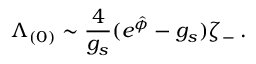
\Lambda _ { ( 0 ) } \sim { \frac { 4 } { g _ { s } } } ( e ^ { \hat { \phi } } - g _ { s } ) \zeta _ { - } \: .